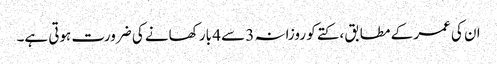
ان کی عمر کے مطابق ، کتے کو روزانہ 3 سے 4 بار کھانے کی ضرورت ہوتی ہے۔